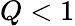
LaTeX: Q<1